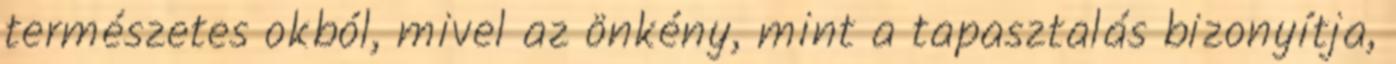
természetes okból, mivel az önkény, mint a tapasztalás bizonyítja,